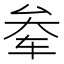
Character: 𫐊